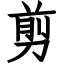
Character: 剪